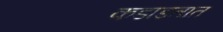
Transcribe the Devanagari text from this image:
कडाडतात